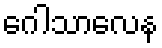
ဂေါသာလေန